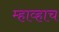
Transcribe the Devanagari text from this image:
म्हाव्हाच